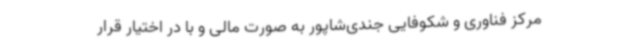
مرکز فناوری و شکوفایی جندی‌شاپور به صورت مالی و با در اختیار قرار